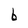
Character: b